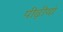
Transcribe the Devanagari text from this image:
पीढ़ीयां